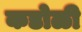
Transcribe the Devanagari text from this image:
कडोळी